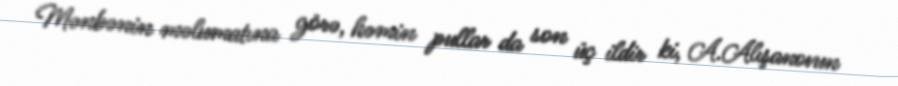
Mənbənin məlumatına görə, həmin pullar da son üç ildir ki, A.Alışanovun